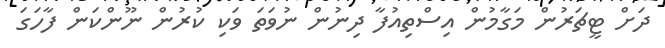
ދަށް ޓީޗަރުން މަގާމުން އިސްތިއުފާ ދިނުން ނުވަތަ ވަކި ކުރުން ނޫންކަން ފާހަގަ